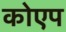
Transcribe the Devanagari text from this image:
कोएप